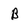
Character: B